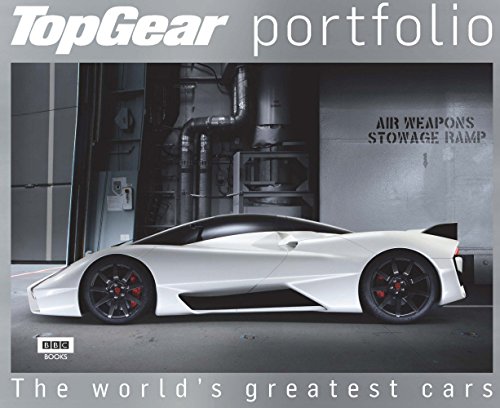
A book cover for Top Gear Portfolio: The World's Greatest Cars; Top Gear Magazine; Humor & Entertainment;